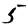
Digit: 5